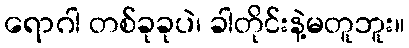
ရောဂါ တစ်ခုခုပဲ၊ ခါတိုင်းနဲ့မတူဘူး။